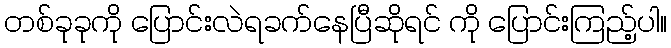
တစ်ခုခုကို ပြောင်းလဲရခက်နေပြီဆိုရင် ကို ပြောင်းကြည့်ပါ။